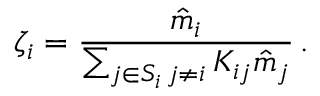
\zeta _ { i } = \frac { \hat { m } _ { i } } { \sum _ { \substack { j \in S _ { i } \, j \neq i } } K _ { i j } \hat { m } _ { j } } \, .